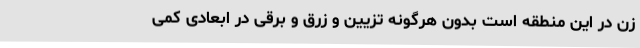
زن در این منطقه است بدون هرگونه تزیین و زرق و برقی در ابعادی کمی